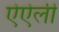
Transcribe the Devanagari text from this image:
ऐऐली